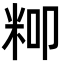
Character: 𮇍